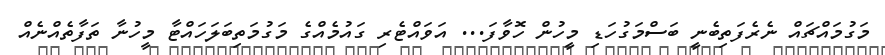
މަގުމައްޗައް ނެރެފަތިބެނީ ބަސްމަގުހަޑި މީހުން ހޮވާފަ... އަވައްޓެރި ގައުމެއްގެ މަގުމަތިބަލަހައްޓާ މީހުނާ ތަފާތެއްނެއް